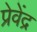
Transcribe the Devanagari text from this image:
प्रेवेंद्र